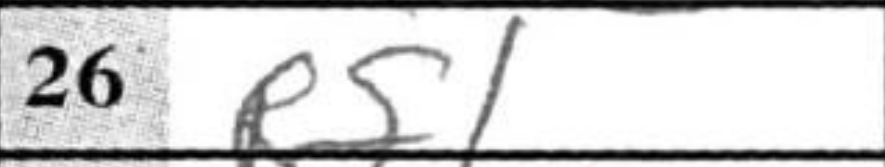
Transcription: Rf1